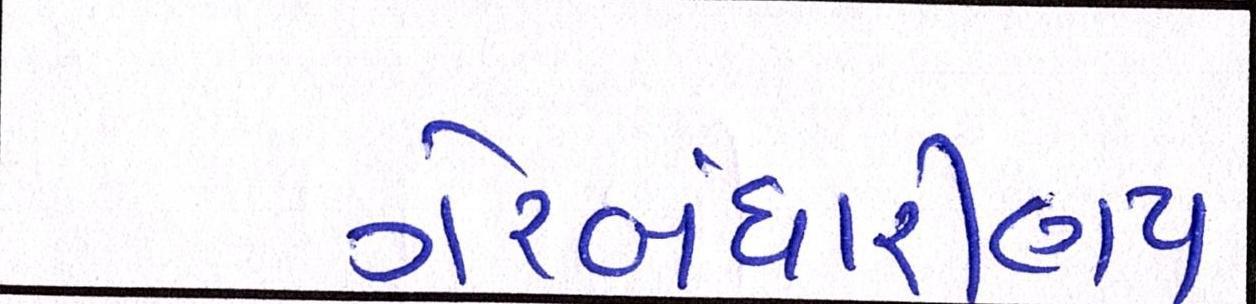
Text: ગેરબંધારણીય